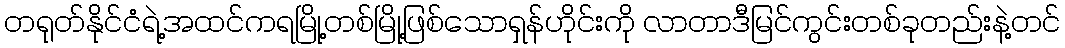
တရုတ်နိုင်ငံရဲ့အထင်ကရမြို့တစ်မြို့ဖြစ်သောရှန်ဟိုင်းကို လာတာဒီမြင်ကွင်းတစ်ခုတည်းနဲ့တင်